Notes on vaccination in the North-West Frontier Province 1923-1928 - 1923-1928
Year: 1923
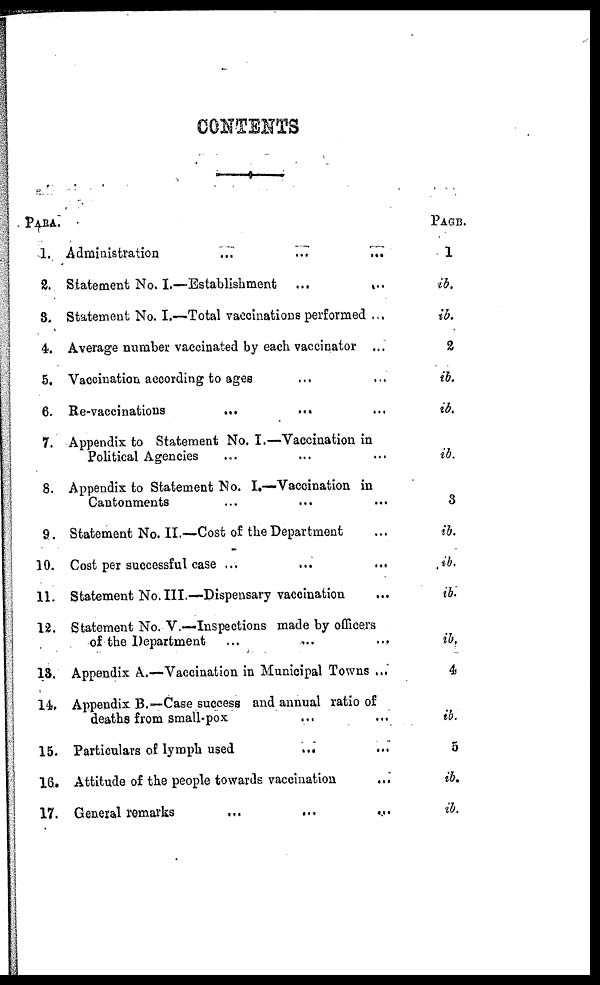
CONTENTS
PARA.
1.
2.
3.
4.
5.
6.
7.
8.
9.
10.
11.
12.
13.
14.
15.
16.
17.
Administration ... ... ...
Statement No. I.—Establishment
...
...
Statement No. I.—Total vaccinations performed ...
Average number vaccinated by each vaccinator ...
Vaccination according to ages ... ...
Re-vaccinations
...
... ...
Appendix to Statement No. I.—Vaccination in
Political Agencies ... ... ...
Appendix to Statement No. I.—Vaccination in
Cantonments ... ... ...
Statement No. II.—Cost of the Department ...
Cost per successful case ... ... ...
Statement No. III.—Dispensary vaccination ...
Statement No. V.—Inspections made by officers
of the Department ... ... ...
Appendix A.—Vaccination in Municipal Towns ...
Appendix B.—Case success and annual ratio of
deaths from small-pox ... ...
Particulars of lymph used ... ...
Attitude of the people towards vaccination ...
General remarks
...
...
...
PAGE.
1
ib.
ib.
2
ib.
ib.
ib.
3
ib.
ib.
ib.
ib.
4
ib.
5
ib.
ib.